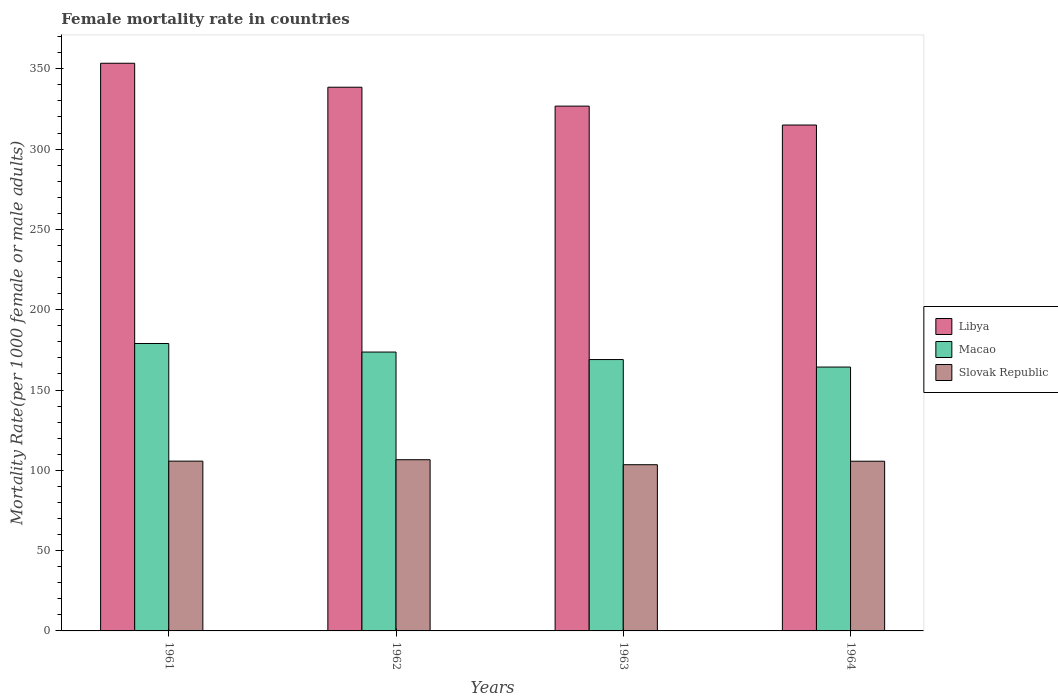
| Years | Libya | Macao | Slovak Republic |
 | --- | --- | --- | --- |
 | 1961 | 353 | 179 | 106 |
 | 1962 | 339 | 174 | 107 |
 | 1963 | 327 | 169 | 103 |
 | 1964 | 315 | 164 | 106 |